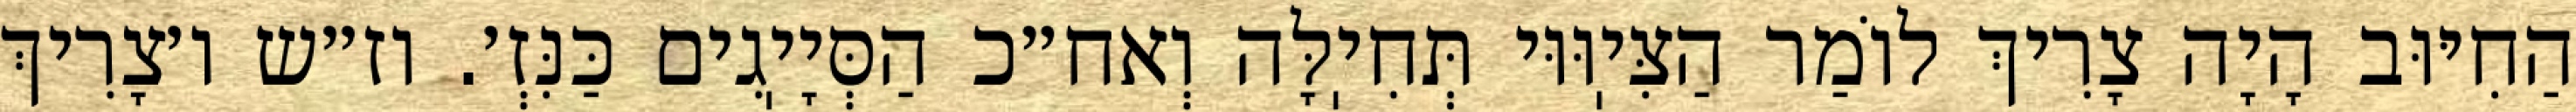
הַחִיּוּב הָיָה צָרִיךְ לוֹמַר הַצִּיֽוּוּי תְּחִיֽלָּה וְאח״כ הַסְּיָיֽגִים כַּנִּזְ׳. וז״ש ו׳צָרִיךְ